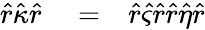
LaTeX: \begin{array}{rlr}{\hat{r}\hat{\kappa}\hat{r}}&{{}=}&{\hat{r}\hat{\varsigma}\hat{r}\hat{r}\hat{\eta}\hat{r}}\end{array}